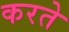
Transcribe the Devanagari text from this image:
करते